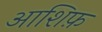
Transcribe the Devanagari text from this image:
आशिफ़